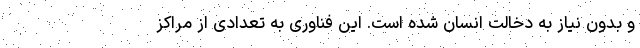
و بدون نیاز به دخالت انسان شده است. این فناوری به تعدادی از مراکز